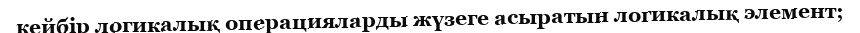
кейбір логикалық операцияларды жүзеге асыратын логикалық элемент;